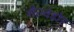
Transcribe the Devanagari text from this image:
सैल्वेडोर